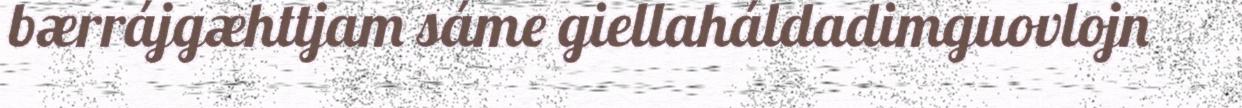
bærrájgæhttjam sáme giellaháldadimguovlojn